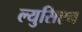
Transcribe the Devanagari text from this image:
ल्युसिएन